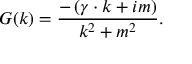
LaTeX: G ( k ) = \frac { - \left( \gamma \cdot k + i m \right) } { k ^ { 2 } + m ^ { 2 } } .